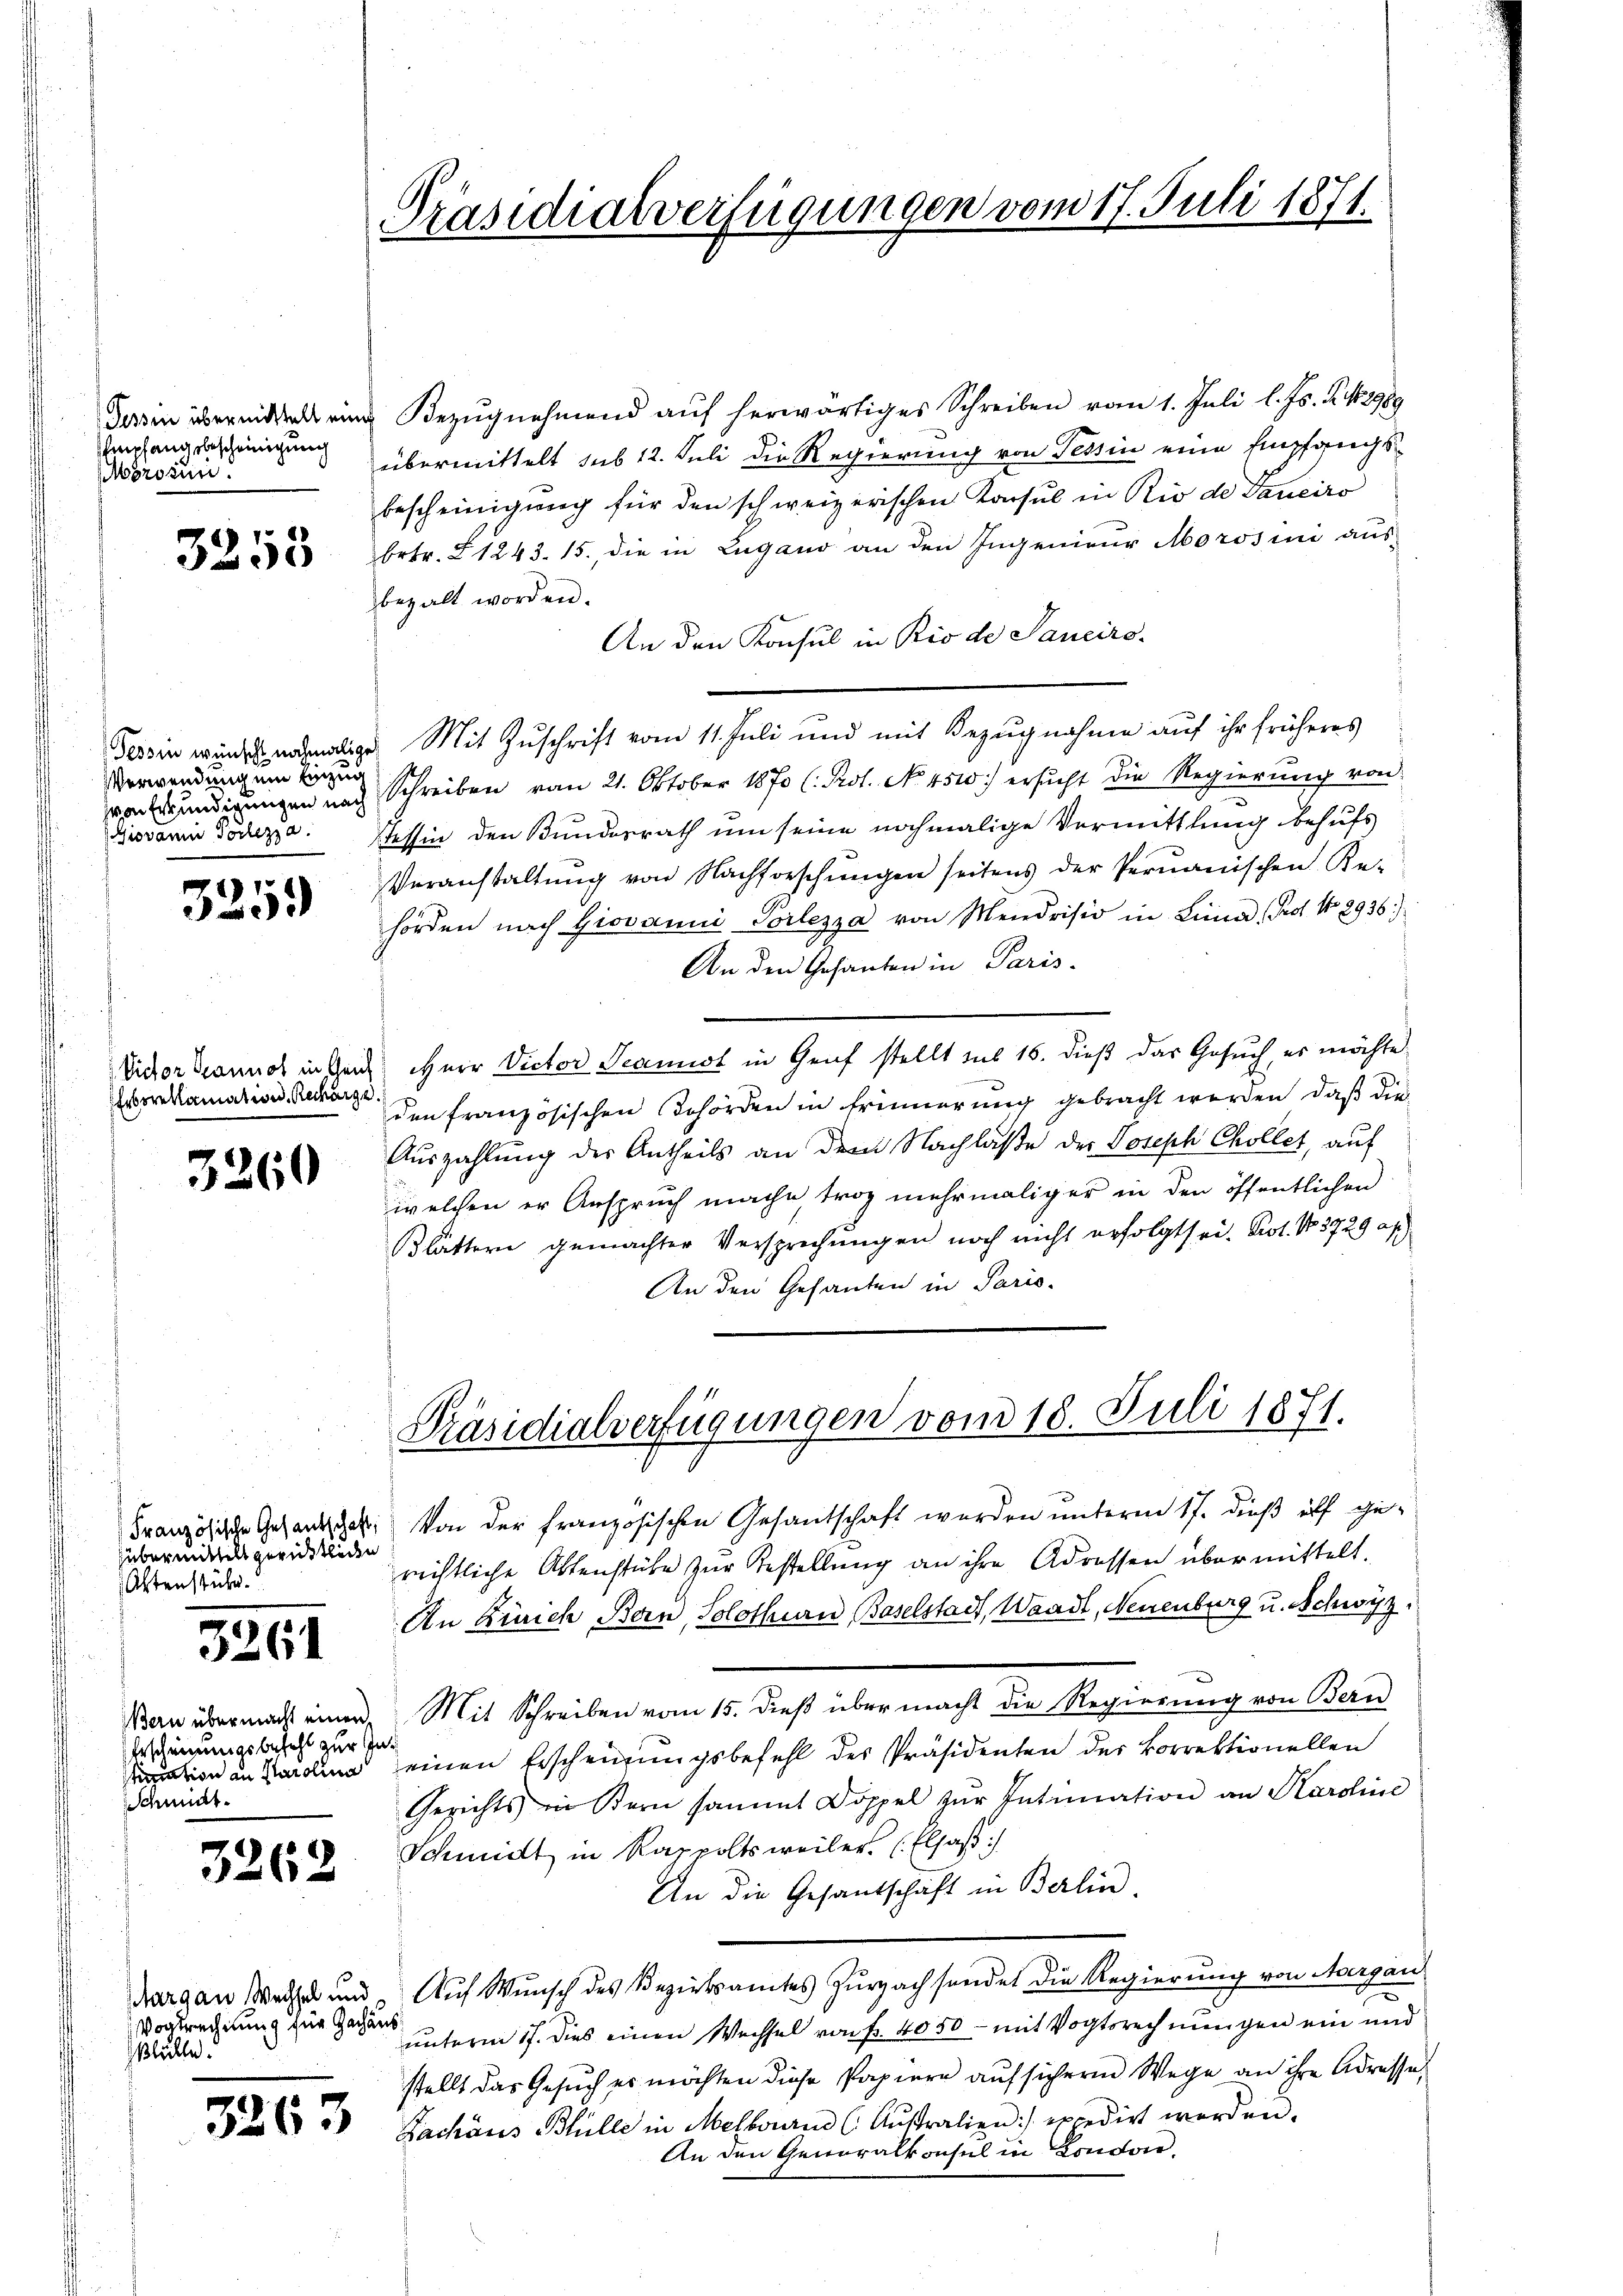
Empfangsbescheinigung
Mörosun

3253

Verwendung ein Einzug
Giovan Tortezza.

3259

Erboreklamation, Recharge.

3260

Französische Gesantschaft,
Hübermittels gerüstlieden
Astenstühe.

3261

Bern übermacht einen
bescheinungsbefehl zur In
tration an Parolina
Schmit

3262

Margau Wechsel und
Vogtrechnung für Zachaus
sblätte.

3263

Präsidialverfügungen vom 17. Juli 1871.

Dessen übermittel eine Bezŭgnehmend aŭf herwärtiges Schreiben vom 1. Juli l. Js. Z. 12989
übermittelt sub 12. Juli die Regierung von Tessin eine Empfangsbescheinigung für den schweizerischen Konsul in Rio de Daneiro
betr. § 1243. 15. die in Lugano an den Ingenieur Morosini aus-
bezalt worden.
An den Konsul in Rio de Sancirs-
Tessin würdes nochmalige Mit Zuschrift vom 11. Juli und mit Bezugnahme auf ihr früheres
von Kündigungen nach Schreiben vom 21. Oktober 1870 (: Prot. No. 451) ersucht die Regierung von
Tessin den Bundesrath um seine nochmalige Vermittlung behufs
Veranstaltŭng von Nachforschŭngen seitens der Pernanischen Re-
hörden nach Giovanni Vorlezza von Mendrisio in Lini Prof. No 8936.)
An den Gesanten in Paris.
Victor Brannos in Gant Herr Victor Scanist in Genf stellt sub 16. dieß das Gesuch, es möchte
den französischen Behörden in Erinnerung gebracht werden, daß die
Auszahlung der Antheils an dem Nachlaße der Joseph Chollet, auf
welchen er Anspruch mache, troz mehrmaliger in den öffentlichen
Blättern gemachter Versprechungen noch nicht erfolgt sei. Prot. No. 3729 af
An den Gesanten in Paris.

Präsidialverfügungen vom 18. Juli 1871.

Von der französischen Gesantschaft werden unterm 17. dieß uff gerichtliche Aktenstüke zur Bestellung an ihre Adressen übermittelt.
An Zürich Bern, Solothurn Baselstadt, Waadt, Neuenburg u. Schwyz.
Mit Schreiben vom 15. dieß über macht die Regierung von Bern
d
einen Erscheinungsbefehl des Präsidenten der Korrektionellen
Gerichts in Bern sammt Doppel zŭr Intimation an Karoline
Schmidt in Rappolts weiler (Elsaß
An die Gesandschaft in Berlin.
Auf Wunsch des Bezirksamtes Zurzachsendet die Regierung von Aargau,
unterm 17. dies einen Wechsel von Fr. 4050 - mit Vogtsrechnungen ein und
stellt das Gesuch er möchten diese Papiere auf sichere Wege an ihre Adresse,
Zachaus Blülle in Melbourn (Aŭstralien :/ excedirt worden.
An den Generalkonsul in Londone